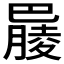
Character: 𣎞